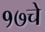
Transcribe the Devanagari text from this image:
१७चे